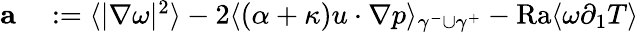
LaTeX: \begin{array}{rl}{\mathbf{a}}&{{}:=\langle|\nabla\omega|^{2}\rangle-2\langle(\alpha+\kappa)u\cdot\nabla p\rangle_{\gamma^{-}\cup\gamma^{+}}-\mathrm{{Ra}}\langle\omega\partial_{1}T\rangle}\end{array}